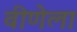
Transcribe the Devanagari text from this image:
वीणेला